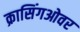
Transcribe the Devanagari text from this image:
क्रासिंगओवर